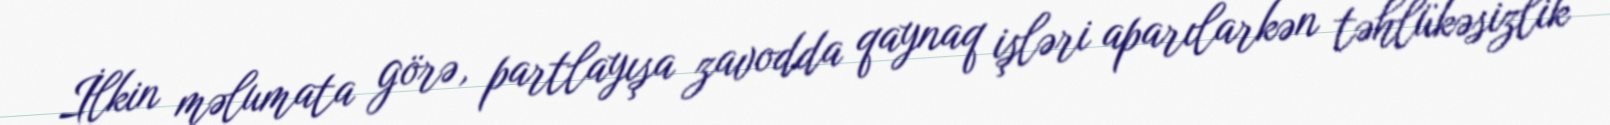
İlkin məlumata görə, partlayışa zavodda qaynaq işləri aparılarkən təhlükəsizlik